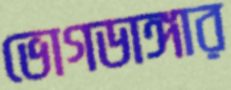
ভোগডাঙ্গার